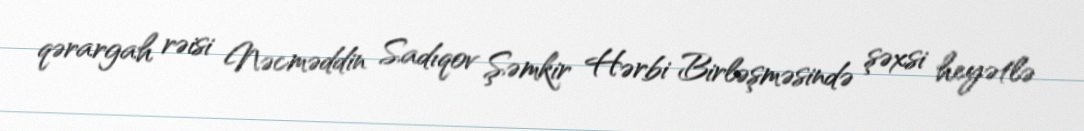
qərargah rəisi Nəcməddin Sadıqov Şəmkir Hərbi Birləşməsində şəxsi heyətlə